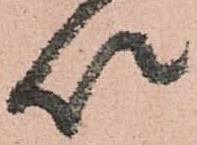
以